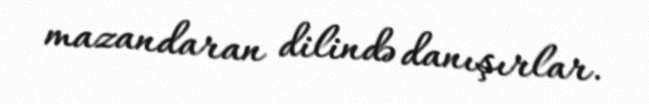
mazandaran dilində danışırlar.